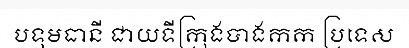
បទុមធានី ជាយទីក្រុងបាងកក ប្រទេស